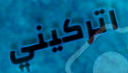
اتركيني